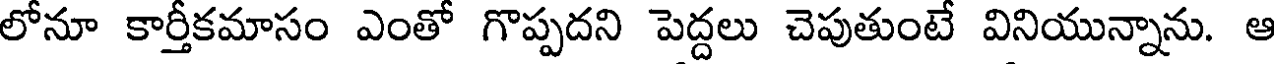
లోనూ కార్తీకమాసం ఎంతో గొప్పదని పెద్దలు చెపుతుంటే వినియున్నాను. ఆ